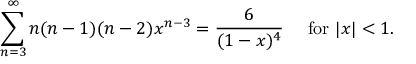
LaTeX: \sum _ { n = 3 } ^ { \infty } n ( n - 1 ) ( n - 2 ) x ^ { n - 3 } = { \frac { 6 } { ( 1 - x ) ^ { 4 } } } \quad { \mathrm { ~ f o r ~ } } | x | < 1 .